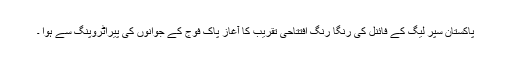
پاکستان سپر لیگ کے فائنل کی رنگا رنگ افتتاحی تقریب کا آغاز پاک فوج کے جوانوں کی پیراٹروپنگ سے ہوا ۔